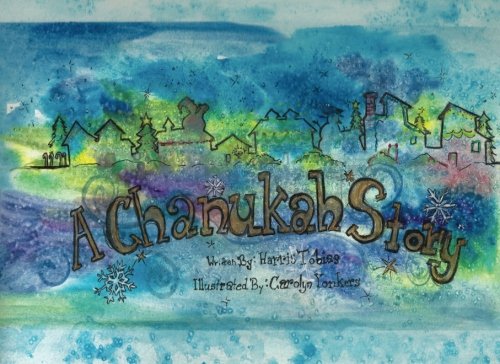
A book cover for A Chanukah Story; Harris Tobias; Children's Books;